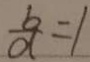
\frac { b } { d } = 1